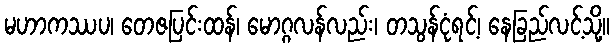
မဟာကဿပ၊ တေဇပြင်းထန်၊ မောဂ္ဂလန်လည်း၊ တသွန်ငုံရင့်၊ နေခြည်လင့်သို့။